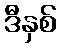
ဒီနှစ်